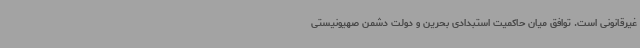
غیرقانونی است. توافق میان حاکمیت استبدادی بحرین و دولت دشمن صهیونیستی